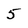
Character: 5